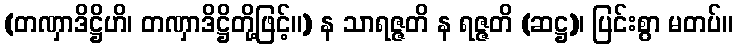
(တဏှာဒိဋ္ဌိဟိ၊ တဏှာဒိဋ္ဌိတို့ဖြင့်။) န သာရဇ္ဇတိ န ရဇ္ဇတိ (ဆဋ္ဌ)၊ ပြင်းစွာ မတပ်။